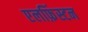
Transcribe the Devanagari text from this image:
एलफ़िंस्टन